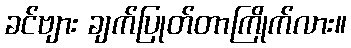
ခင်ဗျား ချက်ပြုတ်တာကြိုက်လား။